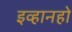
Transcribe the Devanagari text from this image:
इव्हानहो